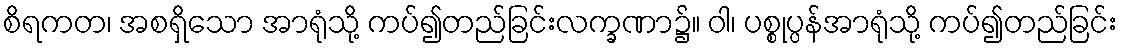
စိရကတ၊ အစရှိသော အာရုံသို့ ကပ်၍တည်ခြင်းလက္ခဏာ၌။ ဝါ၊ ပစ္စုပ္ပန်အာရုံသို့ ကပ်၍တည်ခြင်း